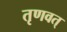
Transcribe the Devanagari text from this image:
तृणवत्